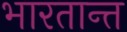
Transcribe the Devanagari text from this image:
भारतान्त